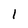
Character: 1